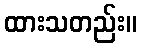
ထားသတည်း။